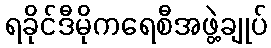
ရခိုင်ဒီမိုကရေစီအဖွဲ့ချုပ်